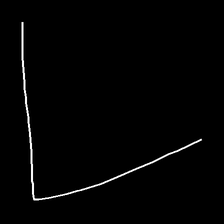
Glyph: region